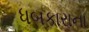
ધબકારાના